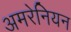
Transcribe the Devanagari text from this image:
अमरेनियन